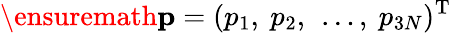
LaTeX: \ensuremath{\mathbf{p}}=(p_{1},\ p_{2},\ \dots,\ p_{3N})^{\mathrm{T}}